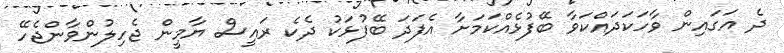
ދެ އަގައިން ވާހަކަދައްކަވާ ބޭފުޅެއްކަމަށާ އެފަދަ ބޭފުޅަކު ދެކެ ރައީސް ޔާމީން ޖެހިލުންވާންޖެހޭ